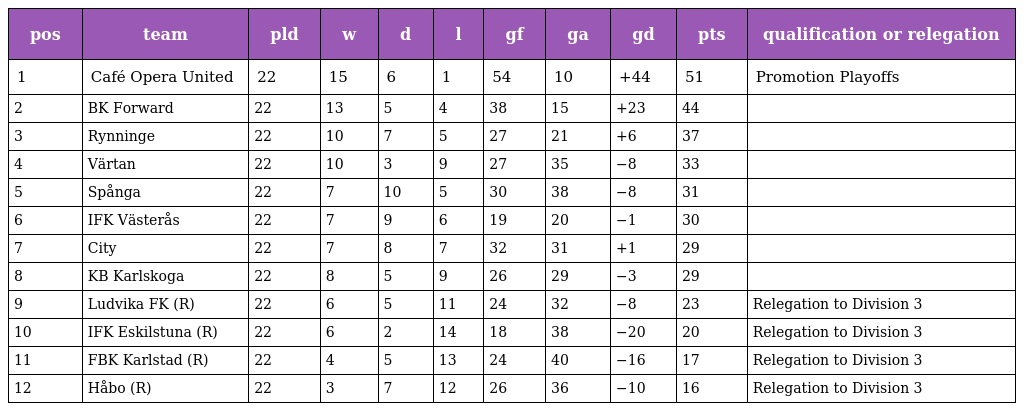
| pos | team | pld | w | d | l | gf | ga | gd | pts | qualification or relegation |
 | --- | --- | --- | --- | --- | --- | --- | --- | --- | --- | --- |
 | 1 | Café Opera United | 22 | 15 | 6 | 1 | 54 | 10 | +44 | 51 | Promotion Playoffs |
 | 2 | BK Forward | 22 | 13 | 5 | 4 | 38 | 15 | +23 | 44 |  |
 | 3 | Rynninge | 22 | 10 | 7 | 5 | 27 | 21 | +6 | 37 |  |
 | 4 | Värtan | 22 | 10 | 3 | 9 | 27 | 35 | −8 | 33 |  |
 | 5 | Spånga | 22 | 7 | 10 | 5 | 30 | 38 | −8 | 31 |  |
 | 6 | IFK Västerås | 22 | 7 | 9 | 6 | 19 | 20 | −1 | 30 |  |
 | 7 | City | 22 | 7 | 8 | 7 | 32 | 31 | +1 | 29 |  |
 | 8 | KB Karlskoga | 22 | 8 | 5 | 9 | 26 | 29 | −3 | 29 |  |
 | 9 | Ludvika FK (R) | 22 | 6 | 5 | 11 | 24 | 32 | −8 | 23 | Relegation to Division 3 |
 | 10 | IFK Eskilstuna (R) | 22 | 6 | 2 | 14 | 18 | 38 | −20 | 20 | Relegation to Division 3 |
 | 11 | FBK Karlstad (R) | 22 | 4 | 5 | 13 | 24 | 40 | −16 | 17 | Relegation to Division 3 |
 | 12 | Håbo (R) | 22 | 3 | 7 | 12 | 26 | 36 | −10 | 16 | Relegation to Division 3 |